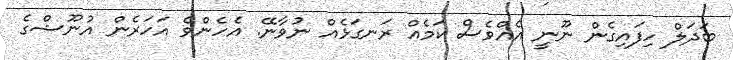
ބަދަލް ހިފައިގެން ނޫނީ އެއްވެސް ކަމެއް ރަނގަޅެއް ނުވާނޭ. އެހެންވެ އަހަރެން އުނޫޝްގެ